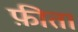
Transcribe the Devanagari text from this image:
फ़ीता